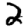
Digit: 2